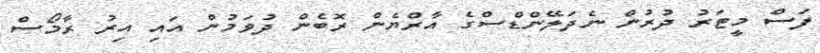
ފަސް މީޓަރު ދުރުން ނެދަލޭންޑްސްގެ އާރްޔެން ރޮބެން ދުވަމުން އައި އިރު ރާމޯސް